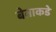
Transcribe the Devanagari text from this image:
बेताकडे